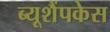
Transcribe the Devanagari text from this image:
ब्यूशैंपकेस